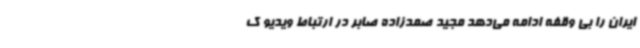
ایران را بی وقفه ادامه می‌دهد مجید صمدزاده صابر در ارتباط ویدیو ک